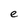
Character: e